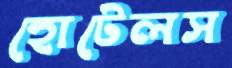
হোটেলস